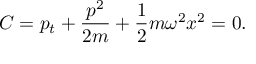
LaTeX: C = p _ { t } + { \frac { p ^ { 2 } } { 2 m } } + { \frac { 1 } { 2 } } m \omega ^ { 2 } x ^ { 2 } = 0 .